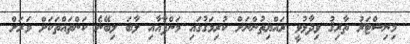
މިނިސްޓަރު ތާރިޤު ވިދާޅުވީ ރައްޔިތުންނަށް ކުރިމަގުގައި މަންފާއާއި ލާބަ ލިބޭނެ ކަންތައްތަކަށް ވަރަށް